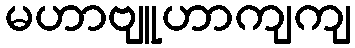
မဟာဗျူဟာကျကျ